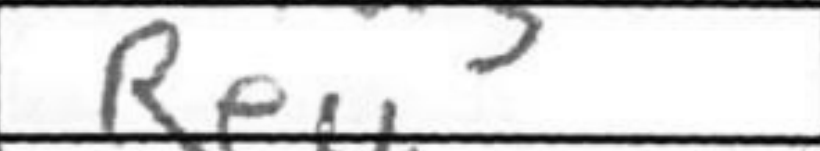
Transcription: Re4